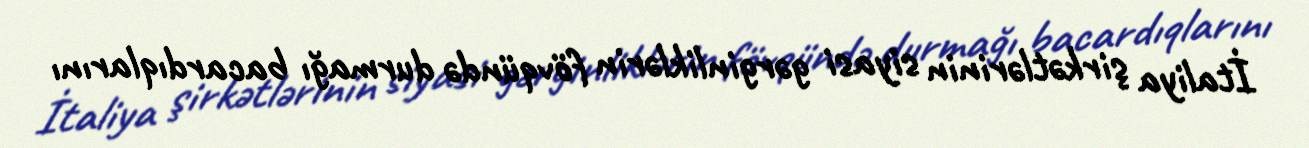
İtaliya şirkətlərinin siyasi gərginliklərin fövqündə durmağı bacardıqlarını